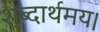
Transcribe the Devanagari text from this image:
शब्दार्थमय।